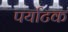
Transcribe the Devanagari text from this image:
पर्याटक